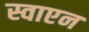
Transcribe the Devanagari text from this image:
स्वाएन